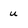
Character: u